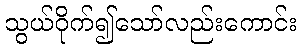
သွယ်ဝိုက်၍သော်လည်းကောင်း